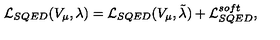
{ \cal L } _ { S Q E D } ( V _ { \mu } , \lambda ) = { \cal L } _ { S Q E D } ( V _ { \mu } , \tilde { \lambda } ) + { \cal L } _ { S Q E D } ^ { s o f t } ,